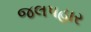
જલપહાર